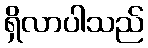
ရှိလာပါသည်